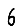
Digit: 6